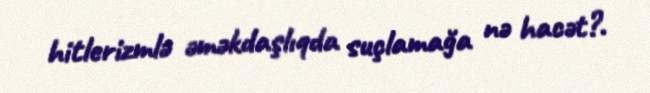
hitlerizmlə əməkdaşlıqda suçlamağa nə hacət?.